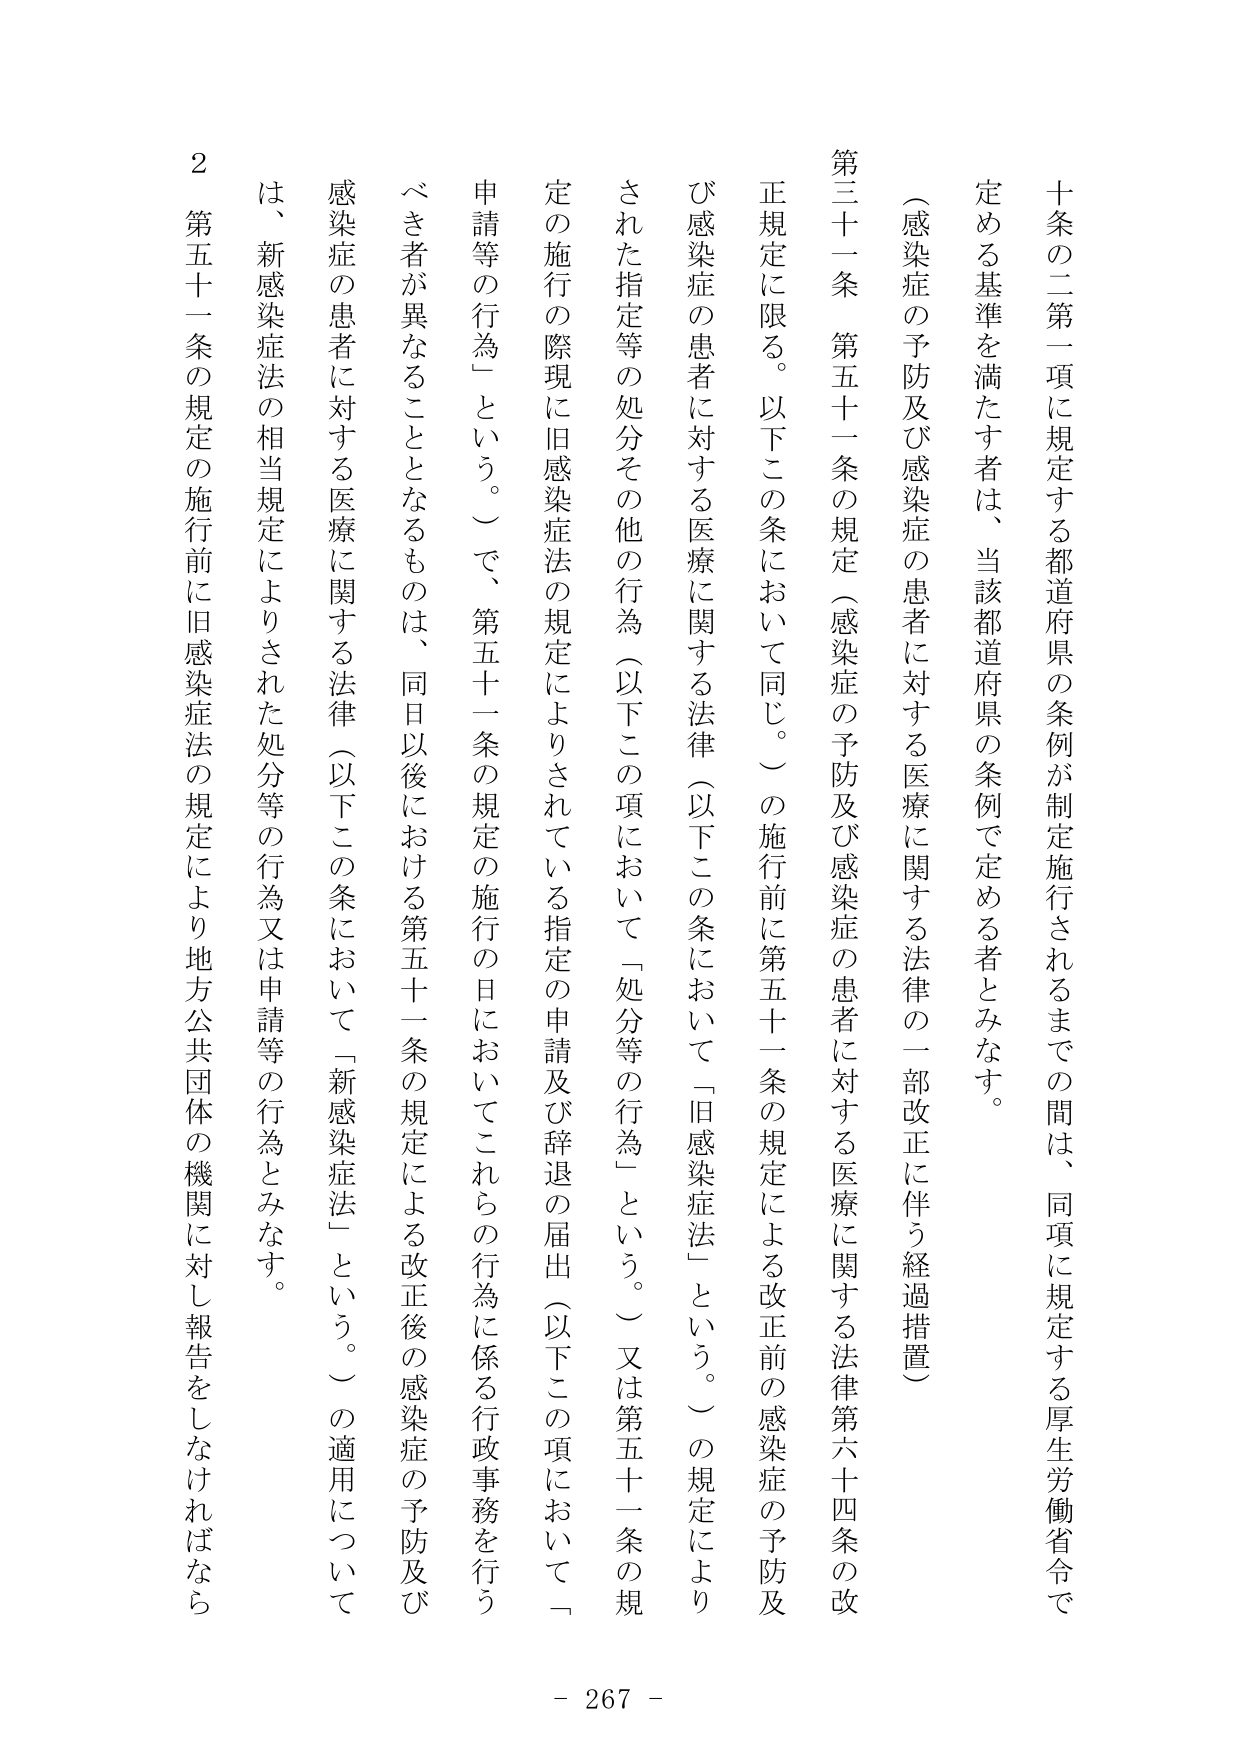
十条の二第一項に規定する都道府県の条例が制定施行されるまでの間は、同項に規定する厚生労働省令で定める基準を満たす者は、当該都道府県の条例で定める者とみなす。

（感染症の予防及び感染症の患者に対する医療に関する法律の一部改正に伴う経過措置）

第三十一条　第五十一条の規定（感染症の予防及び感染症の患者に対する医療に関する法律第六十四条の改正規定に限る。以下この条において同じ。）の施行前に第五十一条の規定による改正前の感染症の予防及び感染症の患者に対する医療に関する法律（以下この条において「旧感染症法」という。）の規定によりされた指定等の処分その他の行為（以下この項において「処分等の行為」という。）又は第五十一条の規定の施行の際現に旧感染症法の規定によりされている指定の申請及び辞退の届出（以下この項において「申請等の行為」という。）で、第五十一条の規定の施行の日においてこれらの行為に係る行政事務を行うべき者が異なることとなるものは、同日以後における第五十一条の規定による改正後の感染症の予防及び感染症の患者に対する医療に関する法律（以下この条において「新感染症法」という。）の適用について、新感染症法の相当規定によりされた処分等の行為又は申請等の行為とみなす。

２　第五十一条の規定の施行前に旧感染症法の規定により地方公共団体の機関に対し報告をしなければなら

- 267 -